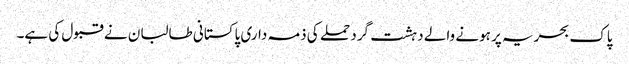
پاک بحریہ پر ہونے والے دہشت گرد حملے کی ذمہ داری پاکستانی طالبان نے قبول کی ہے۔